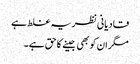
قادیانی نظریہ غلط ہے
مگر ان کو بھی جینے کا حق ہے ۔